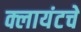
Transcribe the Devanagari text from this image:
क्लायंटचे